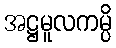
အဋ္ဌမူလကမ္ပိ